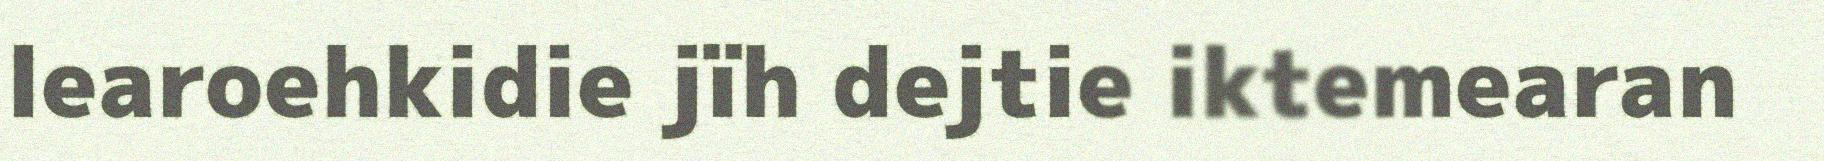
learoehkidie jïh dejtie iktemearan